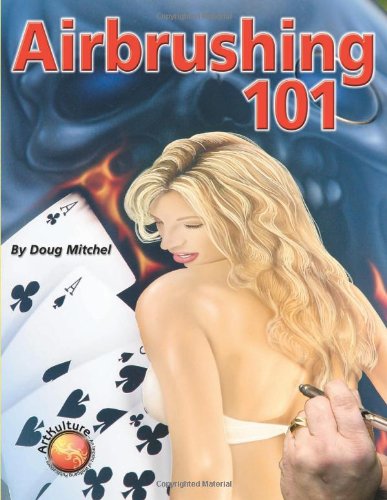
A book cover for Air Brushing 101 (Paint Expert); Doug Mitchel; Arts & Photography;